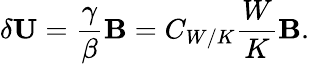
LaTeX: \delta{\mathbf{U}}=\frac{\gamma}{\beta}{\mathbf{B}}=C_{W/K}\frac{W}{K}{\mathbf{B}}.